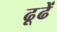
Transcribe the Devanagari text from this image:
ढूढें